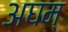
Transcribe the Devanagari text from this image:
अघम्